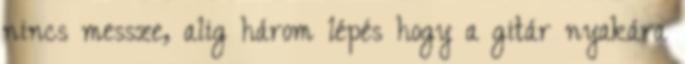
nincs messze, alig három lépés hogy a gitár nyakára